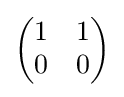
{\begin{pmatrix}1&1\\0&0\end{pmatrix}}